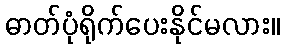
ဓာတ်ပုံရိုက်ပေးနိုင်မလား။